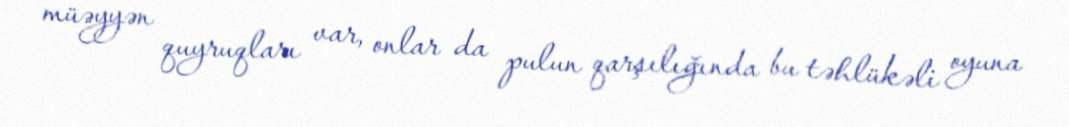
müəyyən quyruqları var, onlar da pulun qarşılığında bu təhlükəli oyuna